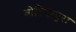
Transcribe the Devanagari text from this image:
बोरियापुरा